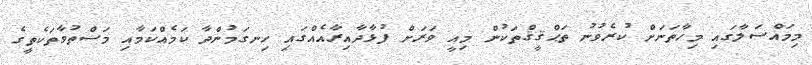
މިމައްސަލާގައި މިހާތަނަށް ކުރެވުނު ތަޙްޤީޤްތަކުން މިއީ ވަރަށް ފުޅާދާއިރާއެއްގައި ހިނގަމުންދާ ކަމެއްކަމާއި މަސްތުވާތަކެތީގެ